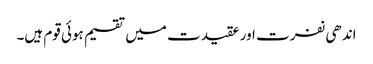
اندھی نفرت اور عقیدت میں تقسیم ہوئی قوم ہیں۔